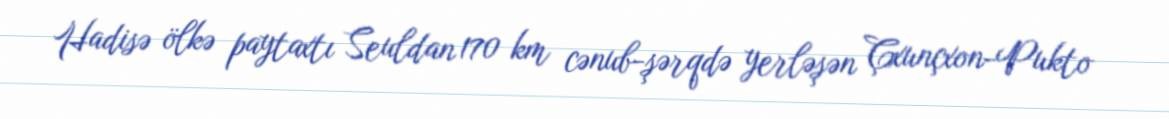
Hadisə ölkə paytaxtı Seuldan 170 km cənub-şərqdə yerləşən Çxunçxon-Pukto